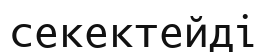
секектейді